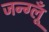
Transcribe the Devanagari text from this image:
जन्ग्लूँ